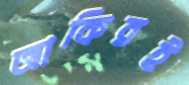
জাকিরই